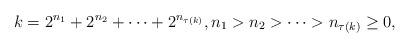
\begin{align*}k=2^{n_{1}}+2^{n_{2}}+\cdots+2^{n_{\tau(k)}},n_{1}>n_{2}>\cdots> n_{\tau(k)}\geq 0,\end{align*}